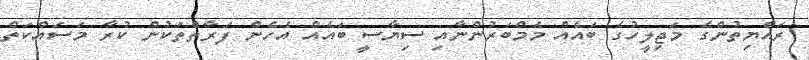
ރައްޔިތުންގެ މަޖިލީހުގެ ބައެއް މެމްބަރުންނާއި ސިޔާސީ ބައެއް އެހެން ފަރާތްތަކުން ކުރާ މަސައްކަތް